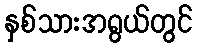
နှစ်သားအရွယ်တွင်